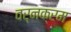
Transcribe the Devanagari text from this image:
वर्नक्रम